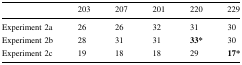
<table><thead><tr><td></td><td><b>203</b></td><td><b>207</b></td><td><b>201</b></td><td><b>220</b></td><td><b>229</b></td></tr></thead><tbody><tr><td>Experiment 2a</td><td>26</td><td>26</td><td>32</td><td>31</td><td>30</td></tr><tr><td>Experiment 2b</td><td>28</td><td>31</td><td>31</td><td><b>33*</b></td><td>30</td></tr><tr><td>Experiment 2c</td><td>19</td><td>18</td><td>18</td><td>29</td><td><b>17*</b></td></tr></tbody></table>